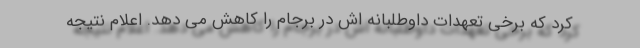
کرد که برخی تعهدات داوطلبانه اش در برجام را کاهش می دهد. اعلام نتیجه